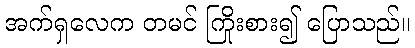
အက်ရှလေက တမင် ကြိုးစား၍ ပြောသည်။